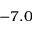
- 7 . 0